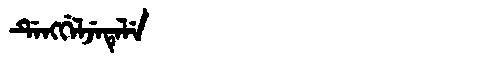
Manchu: ᡩᡝᠩᡤᡝᠯᠵᡝᡨᡝᠯᡝ
Romanization: DENGGELJETELE